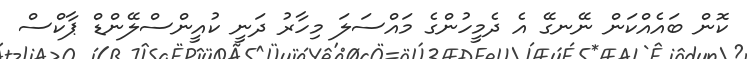
ކޮން ބައެއްކަން ނޭނގޭ އެ ދެމީހުންގެ މައްސަލަ މިހާރު ދަނީ ކުއީންސްލޭންޑް ޕާކްސް